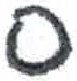
אות: ן